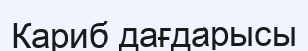
Кариб дағдарысы